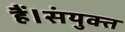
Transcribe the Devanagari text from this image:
हैं।संयुक्त